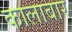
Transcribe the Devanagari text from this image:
कालाबार